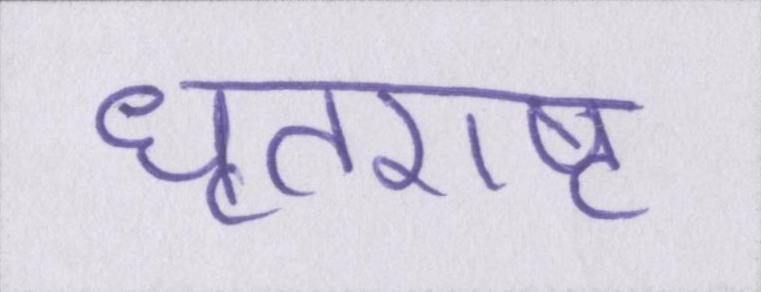
धृतराष्ट्र